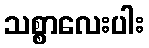
သစ္စာလေးပါး